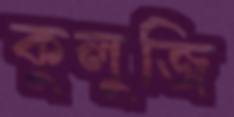
কুলুজি